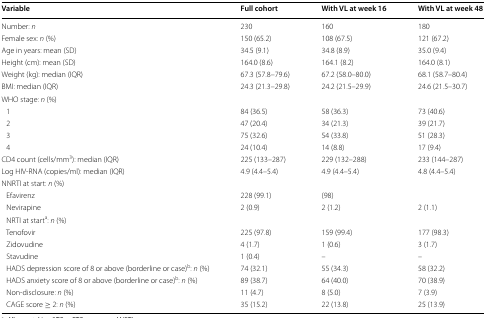
<table><thead><tr><td><b>Variable</b></td><td><b>Full cohort</b></td><td><b>With VL at week 16</b></td><td><b>With VL at week 48</b></td></tr></thead><tbody><tr><td>Number: <i>n</i></td><td>230</td><td>160</td><td>180</td></tr><tr><td>Female sex: <i>n</i> (%)</td><td>150 (65.2)</td><td>108 (67.5)</td><td>121 (67.2)</td></tr><tr><td>Age in years: mean (SD)</td><td>34.5 (9.1)</td><td>34.8 (8.9)</td><td>35.0 (9.4)</td></tr><tr><td>Height (cm): mean (SD)</td><td>164.0 (8.6)</td><td>164.1 (8.2)</td><td>164.0 (8.1)</td></tr><tr><td>Weight (kg): median (IQR)</td><td>67.3 (57.8–79.6)</td><td>67.2 (58.0–80.0)</td><td>68.1 (58.7–80.4)</td></tr><tr><td>BMI: median (IQR)</td><td>24.3 (21.3–29.8)</td><td>24.2 (21.5–29.9)</td><td>24.6 (21.5–30.7)</td></tr><tr><td colspan="4">WHO stage: <i>n</i> (%)</td></tr><tr><td> 1</td><td>84 (36.5)</td><td>58 (36.3)</td><td>73 (40.6)</td></tr><tr><td> 2</td><td>47 (20.4)</td><td>34 (21.3)</td><td>39 (21.7)</td></tr><tr><td> 3</td><td>75 (32.6)</td><td>54 (33.8)</td><td>51 (28.3)</td></tr><tr><td> 4</td><td>24 (10.4)</td><td>14 (8.8)</td><td>17 (9.4)</td></tr><tr><td>CD4 count (cells/mm<sup>3</sup>): median (IQR)</td><td>225 (133–287)</td><td>229 (132–288)</td><td>233 (144–287)</td></tr><tr><td>Log HIV-RNA (copies/ml): median (IQR)</td><td>4.9 (4.4–5.4)</td><td>4.9 (4.4–5.4)</td><td>4.8 (4.4–5.4)</td></tr><tr><td colspan="4">NNRTI at start: <i>n</i> (%)</td></tr><tr><td> Efavirenz</td><td>228 (99.1)</td><td>(98)</td><td></td></tr><tr><td> Nevirapine</td><td>2 (0.9)</td><td>2 (1.2)</td><td>2 (1.1)</td></tr><tr><td colspan="4"> NRTI at start<sup>a</sup>: <i>n</i> (%)</td></tr><tr><td> Tenofovir</td><td>225 (97.8)</td><td>159 (99.4)</td><td>177 (98.3)</td></tr><tr><td> Zidovudine</td><td>4 (1.7)</td><td>1 (0.6)</td><td>3 (1.7)</td></tr><tr><td> Stavudine</td><td>1 (0.4)</td><td>–</td><td>–</td></tr><tr><td> HADS depression score of 8 or above (borderline or case)<sup>b</sup>: <i>n</i> (%)</td><td>74 (32.1)</td><td>55 (34.3)</td><td>58 (32.2)</td></tr><tr><td> HADS anxiety score of 8 or above (borderline or case)<sup>b</sup>: <i>n</i> (%)</td><td>89 (38.7)</td><td>64 (40.0)</td><td>70 (38.9)</td></tr><tr><td> Non-disclosure: <i>n</i> (%)</td><td>11 (4.7)</td><td>8 (5.0)</td><td>7 (3.9)</td></tr><tr><td> CAGE score ≥ 2: <i>n</i> (%)</td><td>35 (15.2)</td><td>22 (13.8)</td><td>25 (13.9)</td></tr></tbody></table>